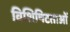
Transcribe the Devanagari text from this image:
विशिषिटताओं